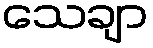
သေချာ